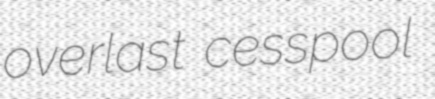
overlast cesspool